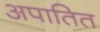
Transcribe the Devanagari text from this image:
अपातित